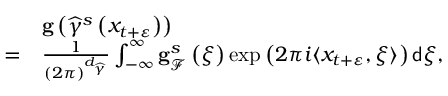
\begin{array} { r l } & { \mathbf { g } \left( \widehat { \gamma } ^ { s } \left( x _ { t + \varepsilon } \right) \right) } \\ { = } & { \frac { 1 } { \left( 2 \pi \right) ^ { d _ { \widehat { \gamma } } } } \int _ { - \infty } ^ { \infty } \mathbf { g } _ { \mathcal { F } } ^ { s } \left( \xi \right) \exp \left( 2 \pi i \langle x _ { t + \varepsilon } , \xi \rangle \right) \mathsf { d } \xi , } \end{array}